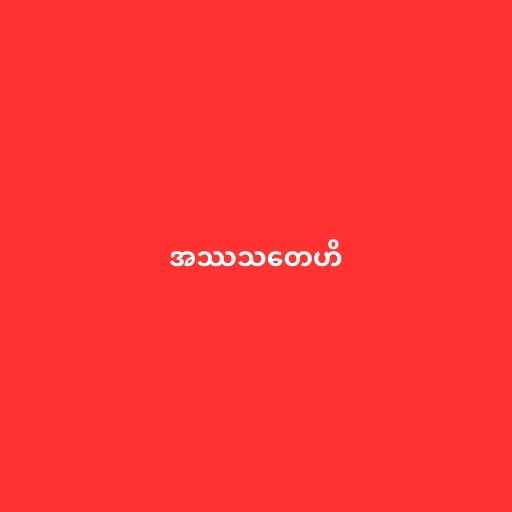
အဿသတေဟိ